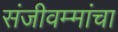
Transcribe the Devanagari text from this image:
संजीवम्मांचा